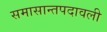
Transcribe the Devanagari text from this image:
समासान्तपदावली